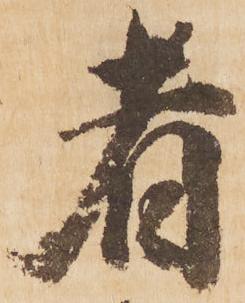
者